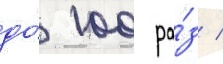
до́ 100 ра́з /